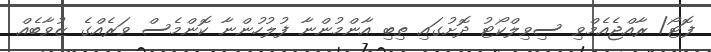
ފޮޓޯ/ ރާއްޖެއެމްވި ސިވިލްކޯޓު ދޮށުގައި ތިބި އާންމުންނާ ފުލުހުންނާ ކޮންމެސް ވަރެއްގެ ޒުވާބެއް